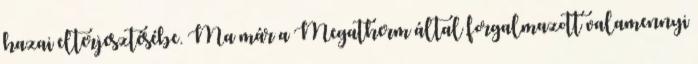
hazai elterjesztésébe. Ma már a Megatherm által forgalmazott valamennyi